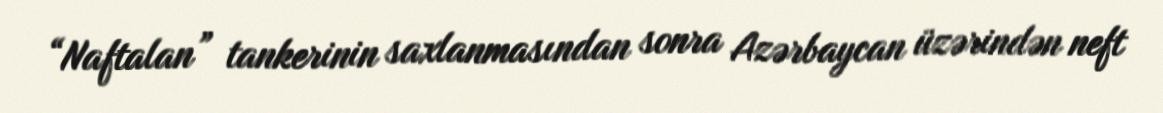
“Naftalan” tankerinin saxlanmasından sonra Azərbaycan üzərindən neft